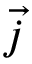
\vec { j }